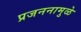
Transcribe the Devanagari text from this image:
प्रजननामुळे